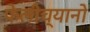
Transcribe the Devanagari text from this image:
फेलीच्यानो